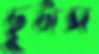
ছুটাস